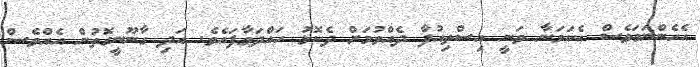
އެހެންނަމަވެސް އެކަމަނާ ވަނީ އިސްތިއުފާ ދެއްވުމަށް ދެކޮޅު ހައްދަވާފައެވެ. އަދި ގާނޫނީގޮތުން އެއްވެސް